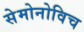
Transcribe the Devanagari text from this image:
सेमोनोविच